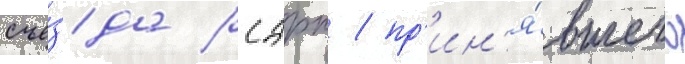
съе́зда рсдрп / пр'ин'я́вшего